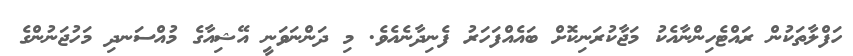
ހަފްލާތަކުން ރައްޓެހިންނާއެކު މަޖާކުރަނިކޮށް ބައެއްފަހަރު ފެނިދާނެއެވެ. މި ދަންނަވަނީ އޭޝިއާގެ މުއްސަނދި މަހުޖަނުންގެ